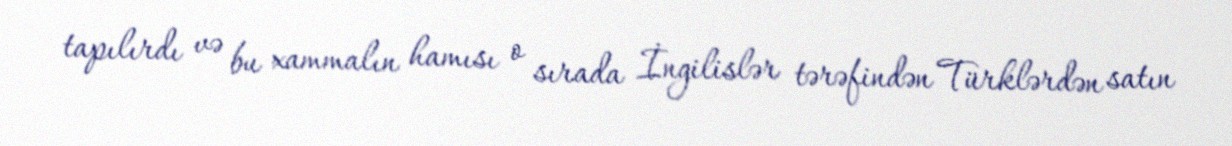
tapılırdı və bu xammalın hamısı o sırada İngilislər tərəfindən Türklərdən satın